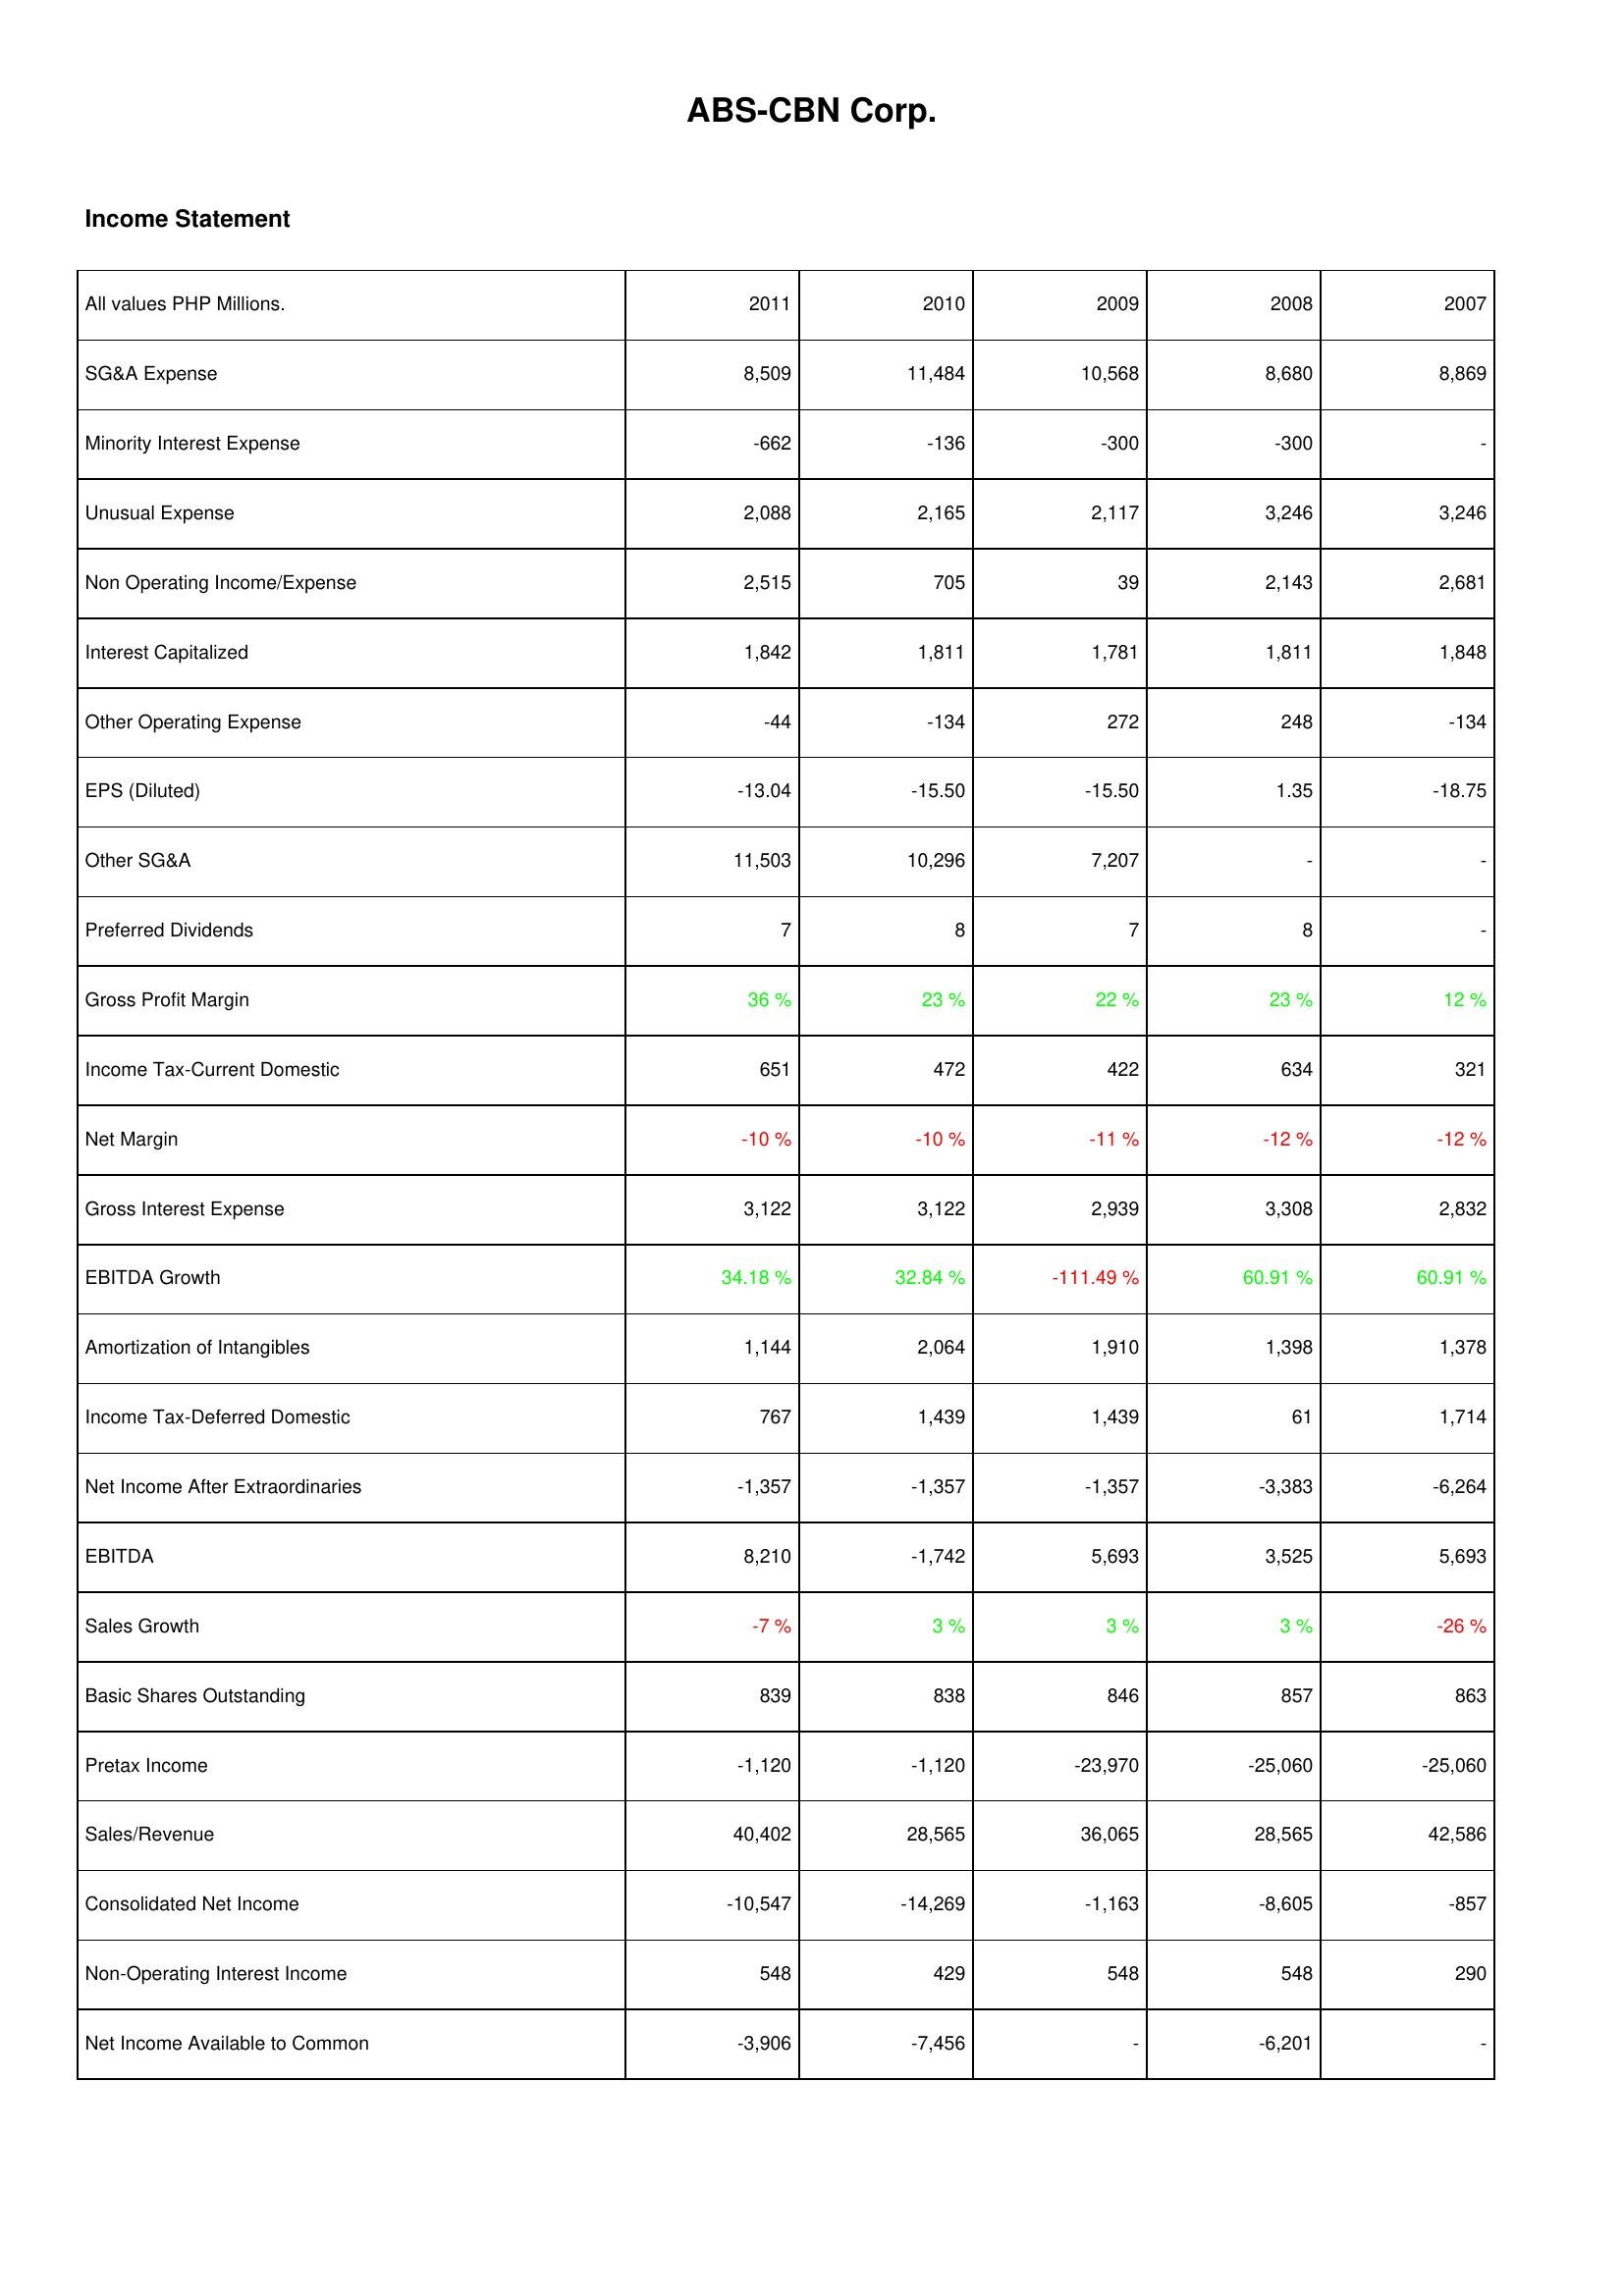
2011: Income Statement: SG&A Expense: 8,509
Minority Interest Expense: -662
Unusual Expense: 2,088
Non Operating Income/Expense: 2,515
Interest Capitalized: 1,842
Other Operating Expense: -44
EPS (Diluted): -13.04
Other SG&A: 11,503
Preferred Dividends: 7
Gross Profit Margin: 36 %
Income Tax-Current Domestic: 651
Net Margin: -10 %
Gross Interest Expense: 3,122
EBITDA Growth: 34.18 %
Amortization of Intangibles: 1,144
Income Tax-Deferred Domestic: 767
Net Income After Extraordinaries: -1,357
EBITDA: 8,210
Sales Growth: -7 %
Basic Shares Outstanding: 839
Pretax Income: -1,120
Sales/Revenue: 40,402
Consolidated Net Income: -10,547
Non-Operating Interest Income: 548
Net Income Available to Common: -3,906
2010: Income Statement: SG&A Expense: 11,484
Minority Interest Expense: -136
Unusual Expense: 2,165
Non Operating Income/Expense: 705
Interest Capitalized: 1,811
Other Operating Expense: -134
EPS (Diluted): -15.50
Other SG&A: 10,296
Preferred Dividends: 8
Gross Profit Margin: 23 %
Income Tax-Current Domestic: 472
Net Margin: -10 %
Gross Interest Expense: 3,122
EBITDA Growth: 32.84 %
Amortization of Intangibles: 2,064
Income Tax-Deferred Domestic: 1,439
Net Income After Extraordinaries: -1,357
EBITDA: -1,742
Sales Growth: 3 %
Basic Shares Outstanding: 838
Pretax Income: -1,120
Sales/Revenue: 28,565
Consolidated Net Income: -14,269
Non-Operating Interest Income: 429
Net Income Available to Common: -7,456
2009: Income Statement: SG&A Expense: 10,568
Minority Interest Expense: -300
Unusual Expense: 2,117
Non Operating Income/Expense: 39
Interest Capitalized: 1,781
Other Operating Expense: 272
EPS (Diluted): -15.50
Other SG&A: 7,207
Preferred Dividends: 7
Gross Profit Margin: 22 %
Income Tax-Current Domestic: 422
Net Margin: -11 %
Gross Interest Expense: 2,939
EBITDA Growth: -111.49 %
Amortization of Intangibles: 1,910
Income Tax-Deferred Domestic: 1,439
Net Income After Extraordinaries: -1,357
EBITDA: 5,693
Sales Growth: 3 %
Basic Shares Outstanding: 846
Pretax Income: -23,970
Sales/Revenue: 36,065
Consolidated Net Income: -1,163
Non-Operating Interest Income: 548
Net Income Available to Common: -
2008: Income Statement: SG&A Expense: 8,680
Minority Interest Expense: -300
Unusual Expense: 3,246
Non Operating Income/Expense: 2,143
Interest Capitalized: 1,811
Other Operating Expense: 248
EPS (Diluted): 1.35
Other SG&A: -
Preferred Dividends: 8
Gross Profit Margin: 23 %
Income Tax-Current Domestic: 634
Net Margin: -12 %
Gross Interest Expense: 3,308
EBITDA Growth: 60.91 %
Amortization of Intangibles: 1,398
Income Tax-Deferred Domestic: 61
Net Income After Extraordinaries: -3,383
EBITDA: 3,525
Sales Growth: 3 %
Basic Shares Outstanding: 857
Pretax Income: -25,060
Sales/Revenue: 28,565
Consolidated Net Income: -8,605
Non-Operating Interest Income: 548
Net Income Available to Common: -6,201
2007: Income Statement: SG&A Expense: 8,869
Minority Interest Expense: -
Unusual Expense: 3,246
Non Operating Income/Expense: 2,681
Interest Capitalized: 1,848
Other Operating Expense: -134
EPS (Diluted): -18.75
Other SG&A: -
Preferred Dividends: -
Gross Profit Margin: 12 %
Income Tax-Current Domestic: 321
Net Margin: -12 %
Gross Interest Expense: 2,832
EBITDA Growth: 60.91 %
Amortization of Intangibles: 1,378
Income Tax-Deferred Domestic: 1,714
Net Income After Extraordinaries: -6,264
EBITDA: 5,693
Sales Growth: -26 %
Basic Shares Outstanding: 863
Pretax Income: -25,060
Sales/Revenue: 42,586
Consolidated Net Income: -857
Non-Operating Interest Income: 290
Net Income Available to Common: -